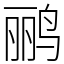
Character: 鹂